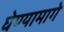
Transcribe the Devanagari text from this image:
घेण्यामागे